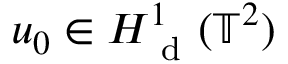
u _ { 0 } \in H _ { \mathrm { ~ d ~ } } ^ { 1 } ( \mathbb { T } ^ { 2 } )